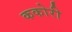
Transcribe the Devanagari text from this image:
ककोरी